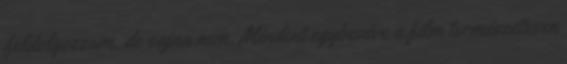
feldolgozzam, de sajna nem. Mindent egybevéve a film természetesen